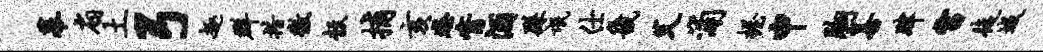
幕扇土弓趣群措徼彀捕亥怒觜酒繇氓仕畿父浦握申胸善肄雷徒城